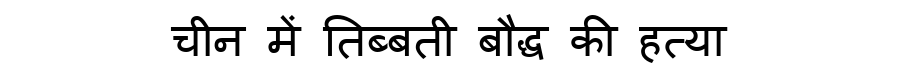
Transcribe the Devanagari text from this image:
चीन में तिब्बती बौद्ध की हत्या